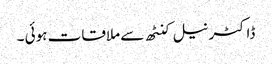
ڈاکٹر نیل کنٹھ سے ملاقات ہوئی ۔